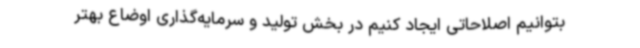
بتوانیم اصلاحاتی ایجاد کنیم در بخش تولید و سرمایه‌گذاری اوضاع بهتر